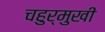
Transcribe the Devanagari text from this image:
चहुर्मुखी